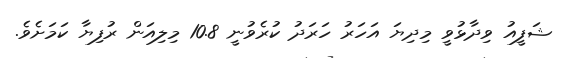
ޝަފީއު ވިދާޅުވީ މިދިޔަ އަހަރު ހަރަދު ކުރެވުނީ 10.8 މިލިއަން ރުފިޔާ ކަމަށެވެ.